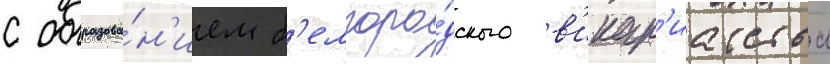
с образова́н'ием б'елгоро́дского в'икар'иатства